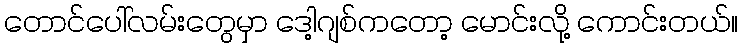
တောင်ပေါ်လမ်းတွေမှာ ဒေါ့ဂျစ်ကတော့ မောင်းလို့ ကောင်းတယ်။